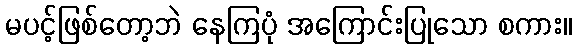
မပင့်ဖြစ်တော့ဘဲ နေကြပုံ အကြောင်းပြုသော စကား။